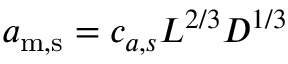
a _ { \mathrm { m , s } } = c _ { a , s } L ^ { 2 / 3 } D ^ { 1 / 3 }